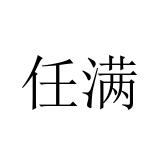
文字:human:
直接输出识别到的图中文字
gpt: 任满